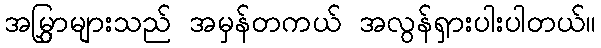
အမြွှာများသည် အမှန်တကယ် အလွန်ရှားပါးပါတယ်။